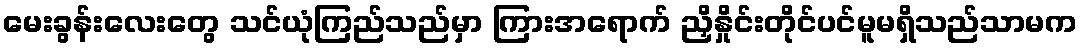
မေးခွန်းလေးတွေ သင်ယုံကြည်သည်မှာ ကြားအရောက် ညှိနှိုင်းတိုင်ပင်မူမရှိသည်သာမက